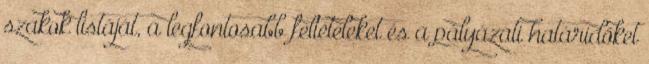
szakok listáját, a legfontosabb feltételeket és a pályázati határidőket